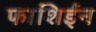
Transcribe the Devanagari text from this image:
फाशिईन